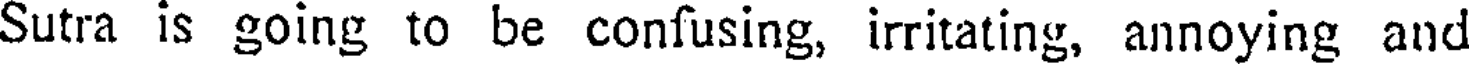
Sutra is going to be confusing, irritating, annoying and